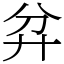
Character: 弅